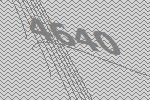
4640